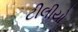
ટીલીયો